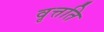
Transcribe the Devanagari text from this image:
वृत्तति